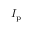
I _ { \mathrm { p } }